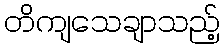
တိကျသေချာသည့်